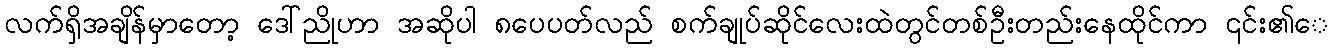
လက်ရှိအချိန်မှာတော့ ဒေါ်ညိုဟာ အဆိုပါ ၈ပေပတ်လည် စက်ချုပ်ဆိုင်လေးထဲတွင်တစ်ဦးတည်းနေထိုင်ကာ ၎င်း၏ေ